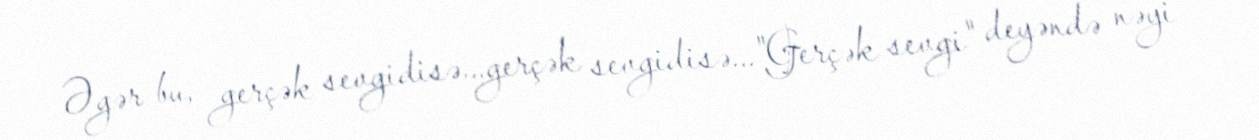
Əgər bu, gerçək sevgidisə...gerçək sevgidisə..."Gerçək sevgi" deyəndə nəyi